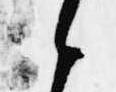
候